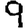
Digit: 9